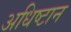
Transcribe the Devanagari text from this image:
अधिष्टान